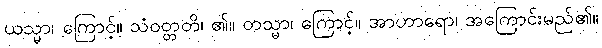
ယသ္မာ၊ ကြောင့်။ သံဝတ္တတိ၊ ၏။ တသ္မာ၊ ကြောင့်။ အာဟာရော၊ အကြောင်းမည်၏။